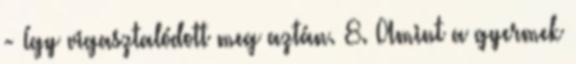
- Így vigasztalódott meg aztán. 8. Amint a gyermek